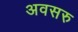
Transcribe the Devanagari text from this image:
अवसरु